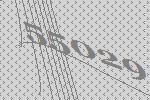
55029